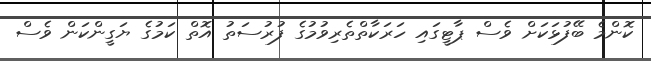
ކޮންމެ ބޭފުޅަކަށް ވެސް ޕާޓީގައި ހަރަކާތްތެރިވުމުގެ ފުރުސަތު އޮތް ކަމުގެ ޔަގީންކަން ވެސް